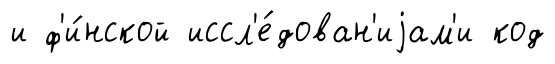
и ф'и́нской иссл'е́дован'иjам'и код